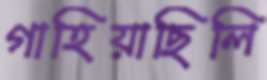
গাহিয়াছিলি